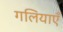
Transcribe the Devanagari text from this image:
गलियाएँ